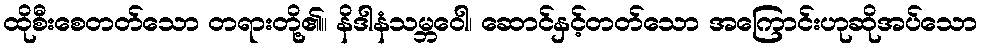
ထိုစီးစေတတ်သော တရားတို့၏။ နိဒါနံသမ္ဘဝေါ၊ ဆောင်နှင့်တတ်သော အကြောင်းဟုဆိုအပ်သော